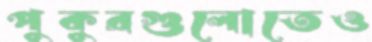
পুকুরগুলোতেও